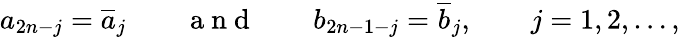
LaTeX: a_{2n-j}=\overline{{a}}_{j}\qquad\mathrm{~a~n~d~}\qquad b_{2n-1-j}=\overline{{b}}_{j},\qquad j=1,2,\ldots,